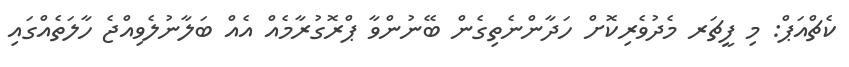
ކެޗްއަޕް: މި ފީޗަރ މެދުވެރިކޮށް ހަދާންނެތިގެން ބޭނުންވާ ޕްރޮގުރާމެއް އެއް ބަލާނުލެވިއްޖެ ހާލަތެއްގައި